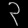
Digit: ၃